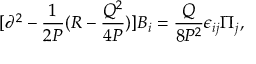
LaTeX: [ \partial ^ { 2 } - { \frac { 1 } { 2 P } } ( R - { \frac { Q ^ { 2 } } { 4 P } } ) ] B _ { i } = { \frac { Q } { 8 P ^ { 2 } } } \epsilon _ { i j } \Pi _ { j } ,